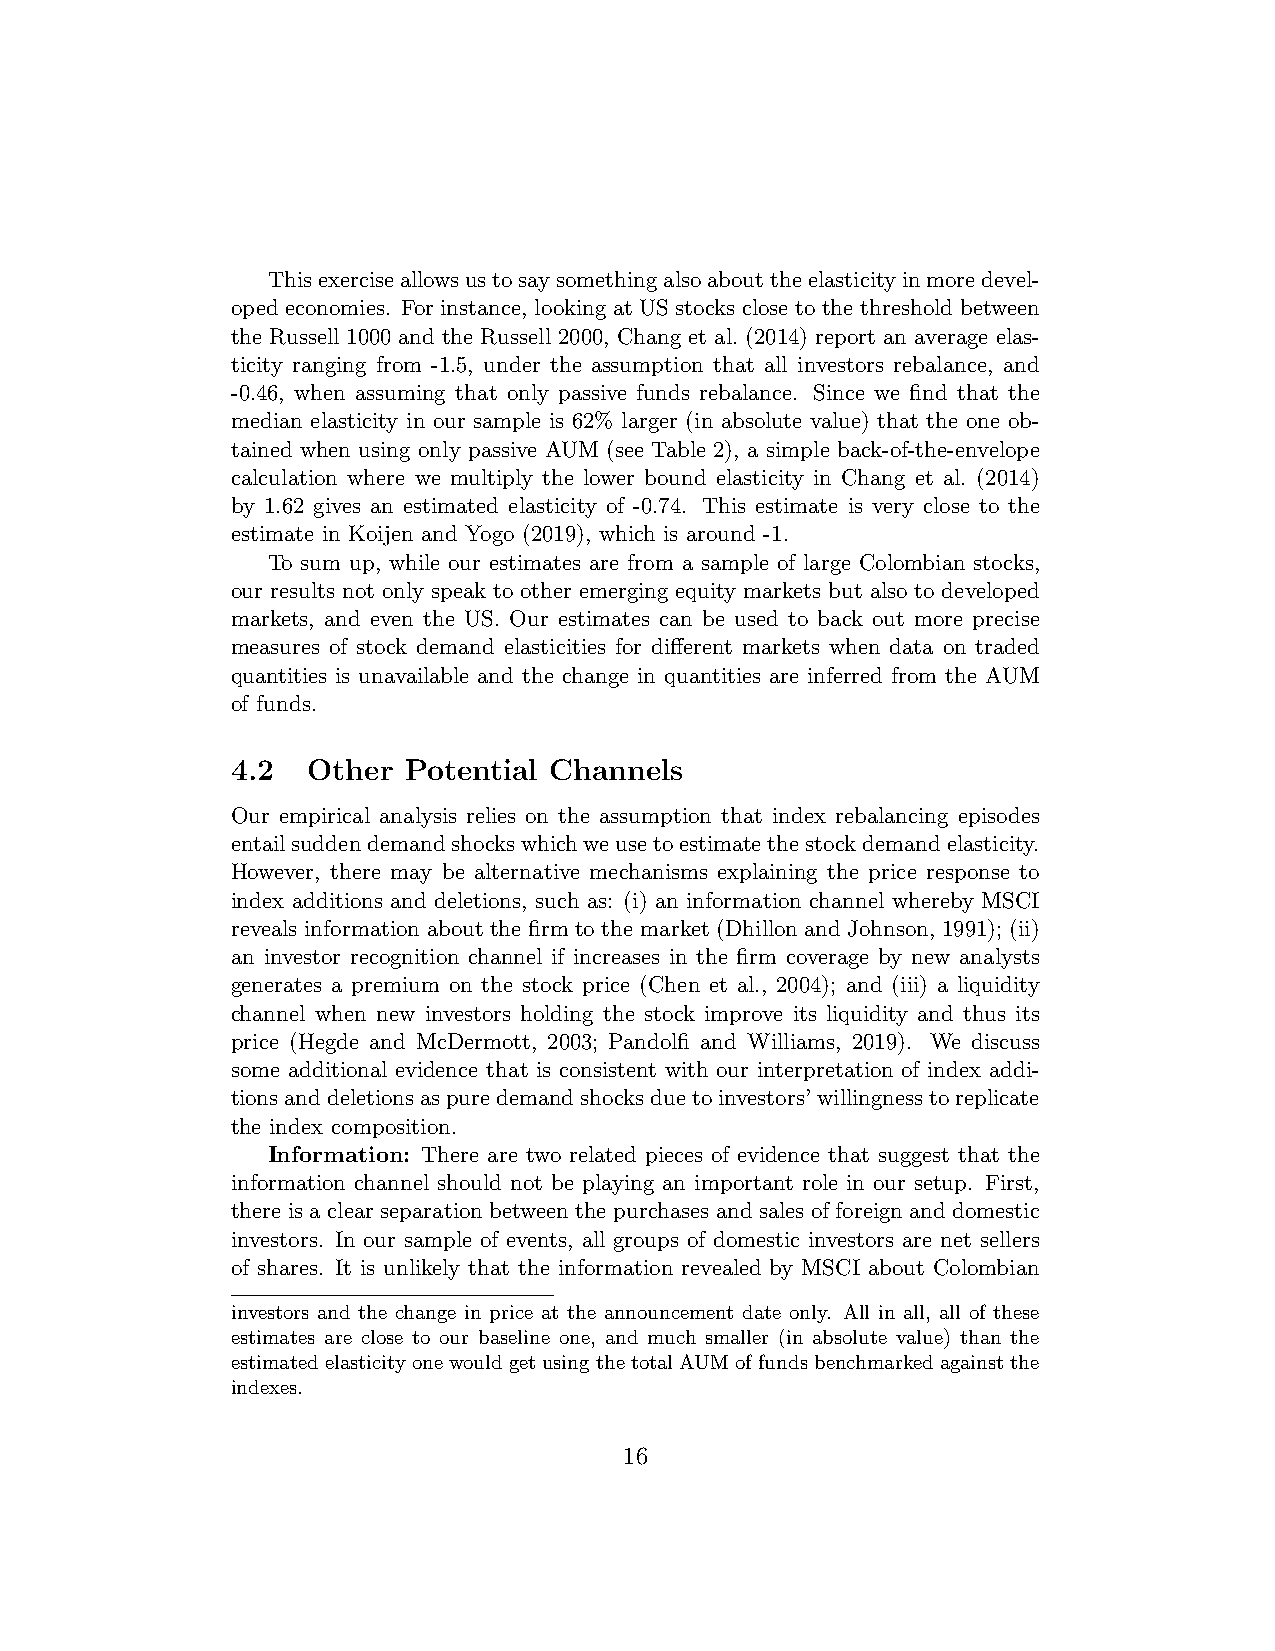
Thisexerciseallowsustosaysomethingalsoabouttheelasticityinmoredevel-
 oped economies. For instance, looking at US stocks close to the threshold between
 the Russell 1000 and the Russell 2000, Chang et al. (2014) report an average elas-
 ticity ranging from -1.5, under the assumption that all investors rebalance, and
 -0.46, when assuming that only passive funds rebalance. Since we find that the
 median elasticity in our sample is 62% larger (in absolute value) that the one ob-
 tained when using only passive AUM (see Table 2), a simple back-of-the-envelope
 calculation where we multiply the lower bound elasticity in Chang et al. (2014)
 by 1.62 gives an estimated elasticity of -0.74. This estimate is very close to the
 estimate in Koijen and Yogo (2019), which is around -1.
 To sum up, while our estimates are from a sample of large Colombian stocks,
 our results not only speak to other emerging equity markets but also to developed
 markets, and even the US. Our estimates can be used to back out more precise
 measures of stock demand elasticities for different markets when data on traded
 quantities is unavailable and the change in quantities are inferred from the AUM
 of funds.
 4.2  Other  Potential Channels
 Our empirical analysis relies on the assumption that index rebalancing episodes
 entailsuddendemandshockswhichweusetoestimatethestockdemandelasticity.
 However, there may be alternative mechanisms explaining the price response to
 index additions and deletions, such as: (i) an information channel whereby MSCI
 reveals information about the firm to the market (Dhillon and Johnson, 1991); (ii)
 an investor recognition channel if increases in the firm coverage by new analysts
 generates a premium on the stock price (Chen et al., 2004); and (iii) a liquidity
 channel when new investors holding the stock improve its liquidity and thus its
 price (Hegde and McDermott, 2003; Pandolfi and Williams, 2019). We discuss
 some additional evidence that is consistent with our interpretation of index addi-
 tionsanddeletionsaspuredemandshocksduetoinvestors’willingnesstoreplicate
 the index composition.
 Information: There are two related pieces of evidence that suggest that the
 information channel should not be playing an important role in our setup. First,
 there is a clear separation between the purchases and sales of foreign and domestic
 investors. In our sample of events, all groups of domestic investors are net sellers
 of shares. It is unlikely that the information revealed by MSCI about Colombian
 investors and the change in price at the announcement date only. All in all, all of these
 estimates are close to our baseline one, and much smaller (in absolute value) than the
 estimatedelasticityonewouldgetusingthetotalAUMoffundsbenchmarkedagainstthe
 indexes.
 16